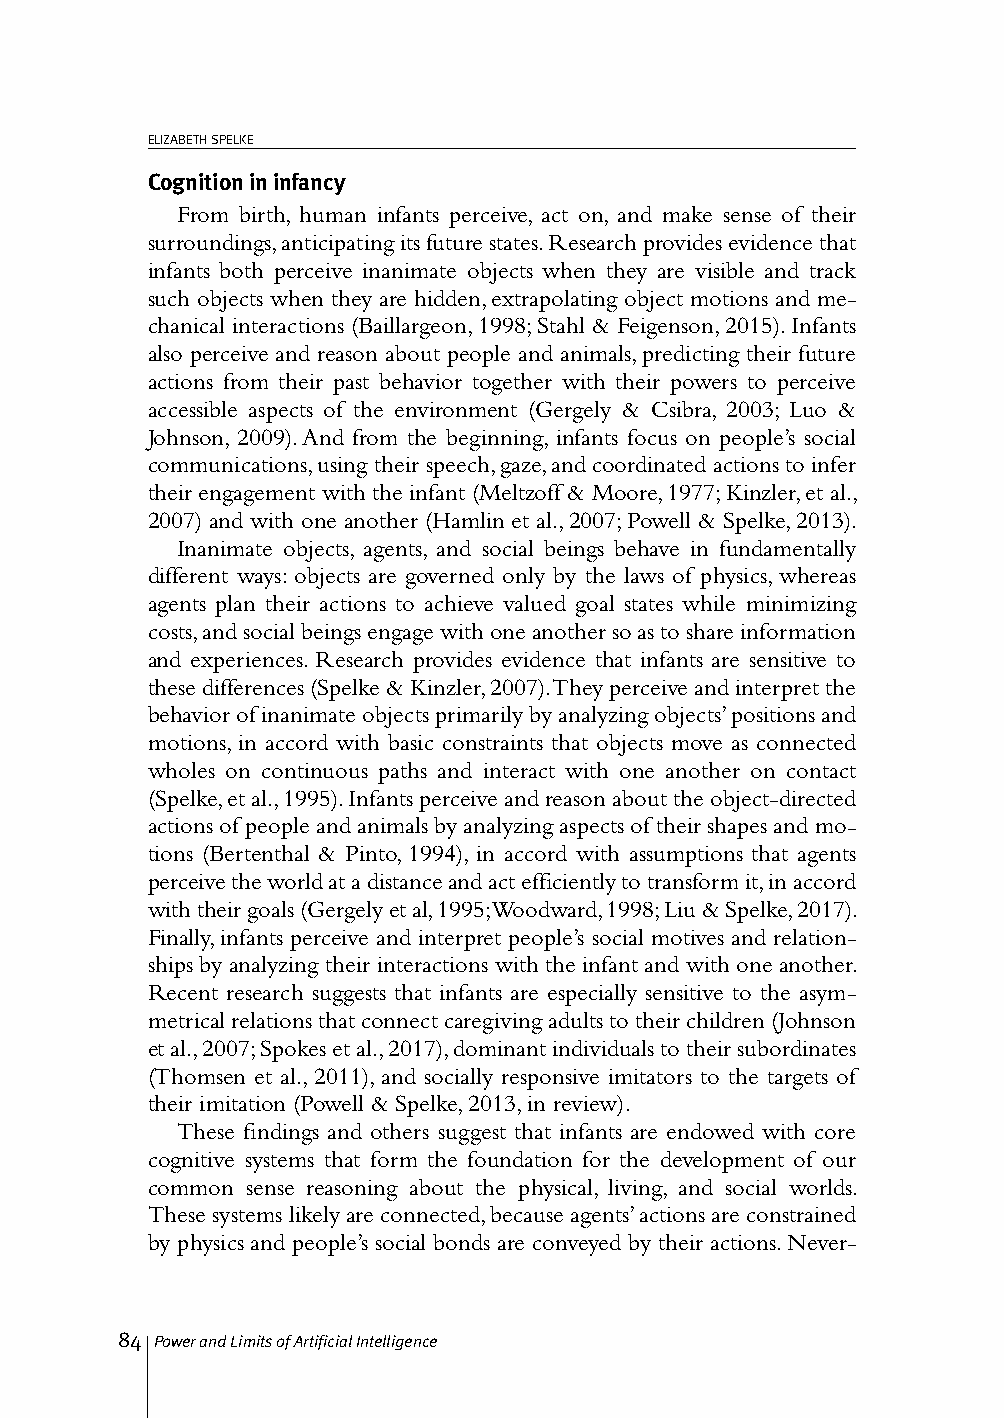
ELIZABETH SPELKE
 Cognition in infancy
 From birth, human infants perceive, act on, and make sense of their
 surroundings, anticipating its future states. Research provides evidence that
 infants both perceive inanimate objects when they are visible and track
 such objects when they are hidden, extrapolating object motions and me-
 chanical interactions (Baillargeon, 1998; Stahl & Feigenson, 2015). Infants
 also perceive and reason about people and animals, predicting their future
 actions from their past behavior together with their powers to perceive
 accessible aspects of the environment (Gergely & Csibra, 2003; Luo &
 Johnson, 2009). And from the beginning, infants focus on people’s social
 communications, using their speech, gaze, and coordinated actions to infer
 their engagement with the infant (Meltzoff & Moore, 1977; Kinzler, et al.,
 2007) and with one another (Hamlin et al., 2007; Powell & Spelke, 2013).
 Inanimate objects, agents, and social beings behave in fundamentally
 different ways: objects are governed only by the laws of physics, whereas
 agents plan their actions to achieve valued goal states while minimizing
 costs, and social beings engage with one another so as to share information
 and experiences. Research provides evidence that infants are sensitive to
 these differences (Spelke & Kinzler, 2007). They perceive and interpret the
 behavior of inanimate objects primarily by analyzing objects’ positions and
 motions, in accord with basic constraints that objects move as connected
 wholes on continuous paths and interact with one another on contact
 (Spelke, et al., 1995). Infants perceive and reason about the object-directed
 actions of people and animals by analyzing aspects of their shapes and mo-
 tions (Bertenthal & Pinto, 1994), in accord with assumptions that agents
 perceive the world at a distance and act efficiently to transform it, in accord
 with their goals (Gergely et al, 1995; Woodward, 1998; Liu & Spelke, 2017).
 Finally, infants perceive and interpret people’s social motives and relation-
 ships by analyzing their interactions with the infant and with one another.
 Recent research suggests that infants are especially sensitive to the asym-
 metrical relations that connect caregiving adults to their children (Johnson
 et al., 2007; Spokes et al., 2017), dominant individuals to their subordinates
 (Thomsen et al., 2011), and socially responsive imitators to the targets of
 their imitation (Powell & Spelke, 2013, in review).
 These findings and others suggest that infants are endowed with core
 cognitive systems that form the foundation for the development of our
 common sense reasoning about the physical, living, and social worlds.
 These systems likely are connected, because agents’ actions are constrained
 by physics and people’s social bonds are conveyed by their actions. Never-
 84 Power and Limits of Artificial Intelligence